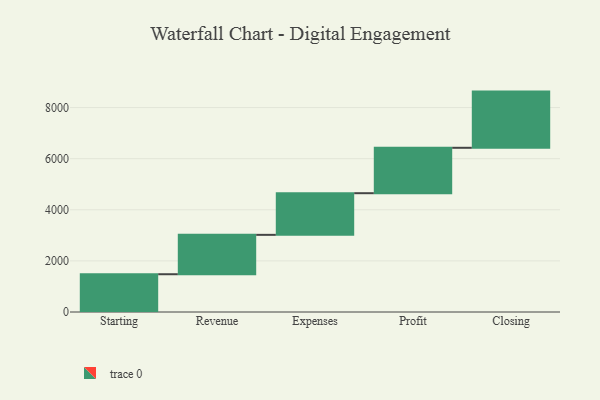
{"axis": {"x": "Step", "y": "Value"}, "legend": [""], "data": [{"x": "Starting", "y": 1478.0, "type": ""}, {"x": "Revenue", "y": 1541.0, "type": ""}, {"x": "Expenses", "y": 1630.0, "type": ""}, {"x": "Profit", "y": 1777.0, "type": ""}, {"x": "Closing", "y": 2199.0, "type": ""}]}